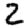
Digit: 2